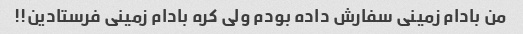
من بادام زمینی سفارش داده بودم ولی کره بادام زمینی فرستادین!!